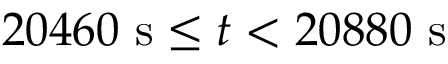
2 0 4 6 0 \ \mathrm { s } \leq t < 2 0 8 8 0 \ \mathrm { s }